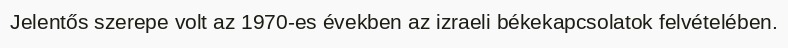
Jelentős szerepe volt az 1970-es években az izraeli békekapcsolatok felvételében.